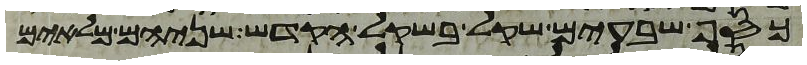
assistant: כסף שבעים שקל בשקל הקדש שניהם מלאים